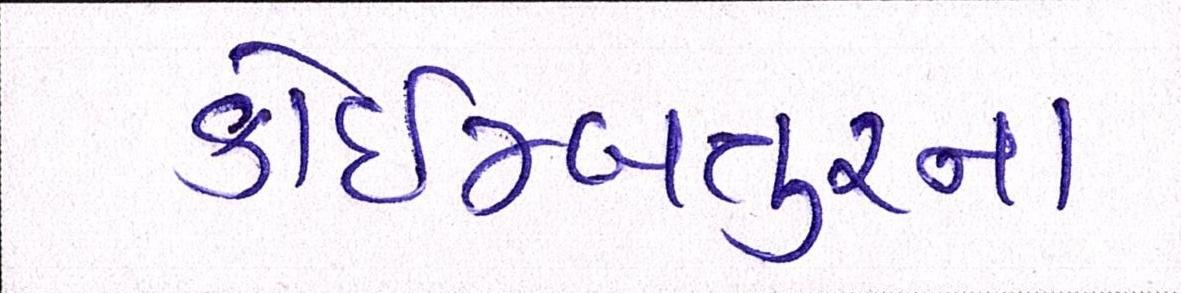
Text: કોઇમ્બતુરના